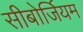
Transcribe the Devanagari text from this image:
सीबोर्जियम